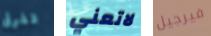
تفرق لاتعني فيرجيل